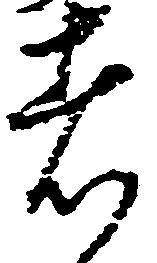
者